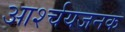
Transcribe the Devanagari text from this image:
आर्श्चयजनक